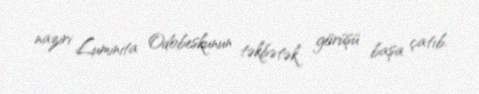
naziri Luminita Odobeskunun təkbətək görüşü başa çatıb.